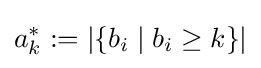
a_{k}^{*}:=|\{b_{i}\mid b_{i}\geq k\}|